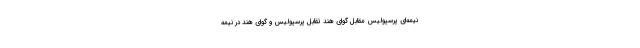
نیمه‌ای پرسپولیس مقابل گوای هند تقابل پرسپولیس و گوای هند در نیمه